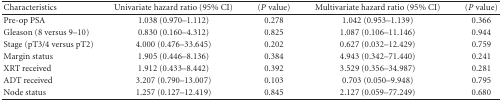
| Characteristics | Univariate hazard ratio (95% CI) | (P value) | Multivariate hazard ratio (95% CI) | (P value) |
 | --- | --- | --- | --- | --- |
 | Pre-op PSA | 1.038 (0.970–1.112) | 0.278 | 1.042 (0.953–1.139) | 0.366 |
 | Gleason (8 versus 9–10) | 0.830 (0.160–4.312) | 0.825 | 1.087 (0.106–11.146) | 0.944 |
 | Stage (pT3/4 versus pT2) | 4.000 (0.476–33.645) | 0.202 | 0.627 (0.032–12.429) | 0.759 |
 | Margin status | 1.905 (0.446–8.136) | 0.384 | 4.943 (0.342–71.440) | 0.241 |
 | XRT received | 1.912 (0.433–8.442) | 0.392 | 3.529 (0.356–34.987) | 0.281 |
 | ADT received | 3.207 (0.790–13.007) | 0.103 | 0.703 (0.050–9.948) | 0.795 |
 | Node status | 1.257 (0.127–12.419) | 0.845 | 2.127 (0.059–77.249) | 0.680 |